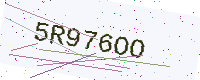
Text: 5R976OO